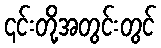
၎င်းတို့အတွင်းတွင်